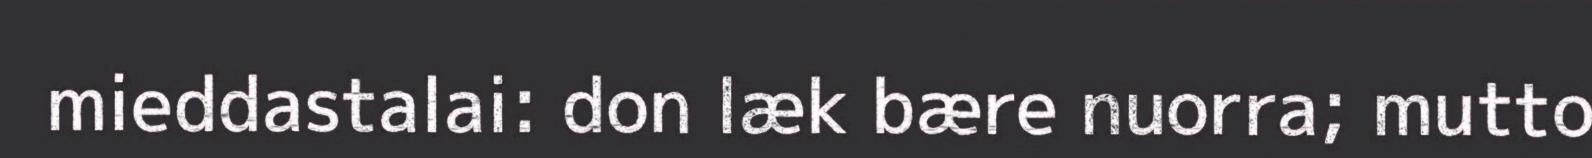
mieddastalai: don læk bære nuorra; mutto